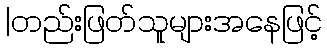
|တည်းဖြတ်သူများအနေဖြင့်